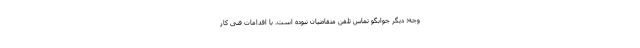
وجه؛ دیگر جوابگو تماس تلفن متقاضیان نبوده است. با اقدامات فنی کار